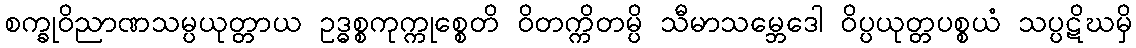
စက္ခုဝိညာဏသမ္ပယုတ္တာယ ဥဒ္ဓစ္စကုက္ကုစ္စေတိ ဝိတက္ကိတမ္ပိ သီမာသမ္ဘေဒေါ ဝိပ္ပယုတ္တပစ္စယံ သပ္ပဋိဃမှိ